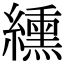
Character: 纁